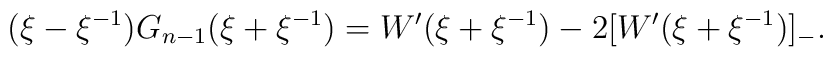
(\xi - \xi^{-1}) G_{n-1}(\xi + \xi^{-1}) = W'(\xi + \xi^{-1}) - 2 [ W'(\xi + \xi^{-1}) ] _{-}.